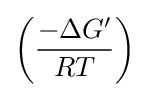
\left({\frac {-\Delta G'}{RT}}\right)